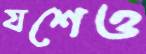
যশেও